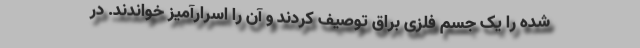
شده را یک جسم فلزی براق توصیف کردند و آن را اسرارآمیز خواندند. در